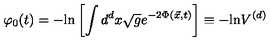
\varphi _ { 0 } ( t ) = - \mathrm { l n } \left[ \int d ^ { d } x \sqrt { g } e ^ { - 2 \Phi ( { \vec { x } } , t ) } \right] \equiv - \mathrm { l n } V ^ { ( d ) }